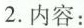
2.内容：